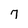
Character: 7